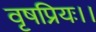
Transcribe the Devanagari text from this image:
वृषप्रियः।।